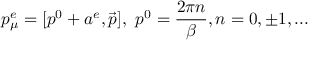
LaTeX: p _ { \mu } ^ { e } = [ p ^ { 0 } + a ^ { e } , \vec { p } ] , \ p ^ { 0 } = \frac { 2 \pi n } { \beta } , n = 0 , \pm 1 , . . .